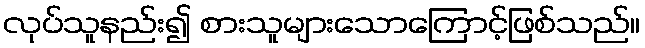
လုပ်သူနည်း၍ စားသူများသောကြောင့်ဖြစ်သည်။